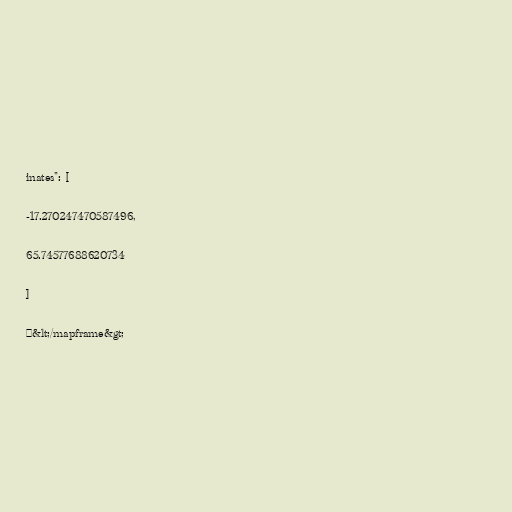
inates": [

-17.270247470587496,

65.74577688620734

]

}&lt;/mapframe&gt;